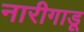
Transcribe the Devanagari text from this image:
नारीगाडू